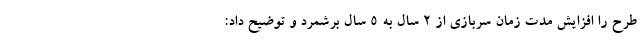
طرح را افزایش مدت ‌زمان سربازی از ۲ سال به ۵ سال برشمرد و توضیح داد: